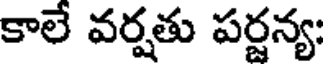
కాలే వర్షతు పర్జన్య: